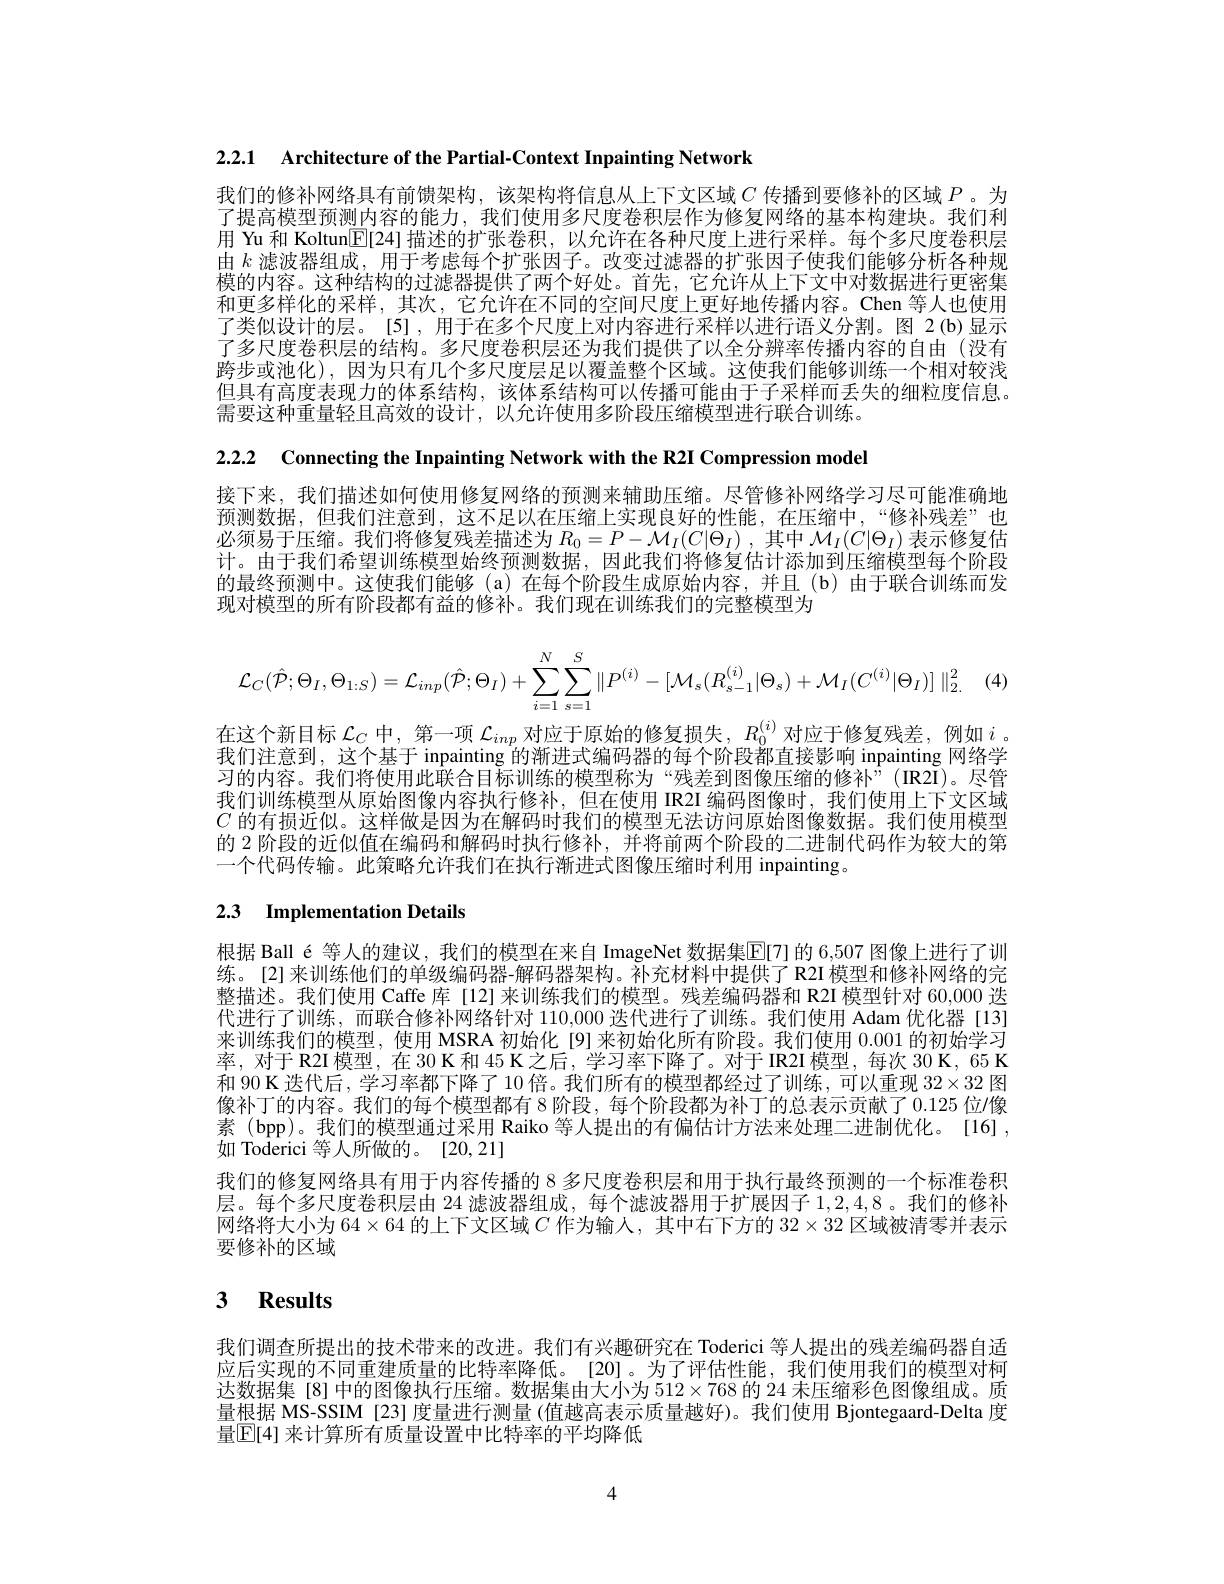
2.2.1 $\textbf{Architecture of the Partial- Context Inpainting Network}$

我们的修补网络具有前馈架构，该架构将信息从上下文区域$C$ 传播到要修补的区域$P$。为了提高模型预测内容的能力，我们使用多尺度卷积层作为修复网络的基本构建块。我们利用 Yu 和 Koltun[$\mathbb{E}[24]$描述的扩张卷积，以允许在各种尺度上进行采样。每个多尺度卷积层由$k$滤波器组成，用于考虑每个扩张因子。改变过滤器的扩张因子使我们能够分析各种规模的内容。这种结构的过滤器提供了两个好处。首先，它允许从上下文中对数据进行更密集和更多样化的采样，其次，它允许在不同的空间尺度上更好地传播内容。Chen 等人也使用了类似设计的层。[5],用于在多个尺度上对内容进行采样以进行语义分割。图 2(b)显示了多尺度卷积层的结构。多尺度卷积层还为我们提供了以全分辨率传播内容的自由 (没有跨步或池化),因为只有几个多尺度层足以覆盖整个区域。这使我们能够训练一个相对较浅但具有高度表现力的体系结构，该体系结构可以传播可能由于子采样而丢失的细粒度信息。需要这种重量轻且高效的设计，以允许使用多阶段压缩模型进行联合训练。

2.2.2 Connecting the Inpainting Network with the R2I Compression model

接下来，我们描述如何使用修复网络的预测来辅助压缩。尽管修补网络学习尽可能准确地预测数据，但我们注意到，这不足以在压缩上实现良好的性能，在压缩中，“修补残差”也必须易于压缩。我们将修复残差描述为$R_0=P-\mathcal{M}_I(C|\Theta_I)$ ,其中$\mathcal{M}_I(C|\Theta_I)$表示修复估计。由于我们希望训练模型始终预测数据，因此我们将修复估计添加到压缩模型每个阶段的最终预测中。这使我们能够(a)在每个阶段生成原始内容，并且(b)由于联合训练而发现对模型的所有阶段都有益的修补。我们现在训练我们的完整模型为
$$\mathcal{L}_{C}(\hat{\mathcal{P}};\Theta_{I},\Theta_{1:S})=\mathcal{L}_{inp}(\hat{\mathcal{P}};\Theta_{I})+\sum_{i=1}^{N}\sum_{s=1}^{S}\|P^{(i)}-[\mathcal{M}_{s}(R_{s-1}^{(i)}|\Theta_{s})+\mathcal{M}_{I}(C^{(i)}|\Theta_{I})]\|_{2.}^{2}$$
在这个新目标$\mathcal{L}_C$中，第一项$\mathcal{L}_inp$对应于原始的修复损失，$R_0^{(i)}$对应于修复残差，例如$i$ 。我们注意到，这个基于 inpainting 的渐进式编码器的每个阶段都直接影响 inpainting 网络学习的内容。我们将使用此联合目标训练的模型称为“残差到图像压缩的修补”(IR2I)。尽管我们训练模型从原始图像内容执行修补，但在使用 IR21 编码图像时，我们使用上下文区域$C$的有损近似。这样做是因为在解码时我们的模型无法访问原始图像数据。我们使用模型的 2 阶段的近似值在编码和解码时执行修补，并将前两个阶段的二进制代码作为较大的第一个代码传输。此策略允许我们在执行渐进式图像压缩时利用 inpainting。

# 2.3 Implementation Details

根据 Ball é 等人的建议，我们的模型在来自 ImageNet 数据集$\overline{\mathrm{E}}[7]$ 的 6,507 图像上进行了训练。[2]来训练他们的单级编码器-解码器架构。补充材料中提供了 R2I 模型和修补网络的完整描述。我们使用 Caffe 库 [12]来训练我们的模型。残差编码器和 R2I 模型针对 60,000 迭代进行了训练，而联合修补网络针对110，000迭代进行了训练。我们使用 Adam 优化器 [13] 来训练我们的模型，使用 MSRA 初始化 [9]来初始化所有阶段。我们使用0.001的初始学习率，对于R2I模型，在30K和45K之后，学习率下降了。对于IR2I模型，每次 30 K, 65 K 和 90 K 迭代后，学习率都下降了 10 倍。我们所有的模型都经过了训练，可以重现$32\times32$图像补丁的内容。我们的每个模型都有 8 阶段，每个阶段都为补丁的总表示贡献了0.125位/像素(bpp)。我们的模型通过采用 Raiko 等人提出的有偏估计方法来处理二进制优化。[16], 如 Toderici 等人所做的。[20,21]
我们的修复网络具有用于内容传播的 8 多尺度卷积层和用于执行最终预测的一个标准卷积层。每个多尺度卷积层由 24 滤波器组成，每个滤波器用于扩展因子 1,2,4,8 。我们的修补网络将大小为 64$\times64$的上下文区域$C$作为输人，其中右下方的$32\times32$区域被清零并表示要修补的区域

# 3 Results

我们调查所提出的技术带来的改进。我们有兴趣研究在 Toderici 等人提出的残差编码器自适应后实现的不同重建质量的比特率降低。[20]。为了评估性能，我们使用我们的模型对柯达数据集 [8] 中的图像执行压缩。数据集由大小为$512\times768$的 24 未压缩彩色图像组成。质量根据 MS-SSIM[23]度量进行测量(值越高表示质量越好)。我们使用 Bjontegaard-Delta 度量$\mathbb{E}[4]$ 来计算所有质量设置中比特率的平均降低

4